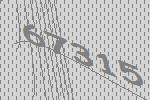
67315